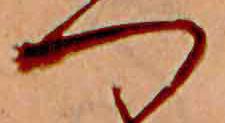
つ